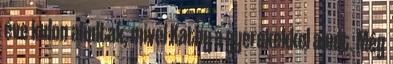
éve kulon aludtak, mivel Kathy a gyerekekkel aludt. Még